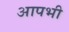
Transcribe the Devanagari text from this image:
आपभी